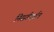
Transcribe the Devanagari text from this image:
निसर्गदर्शन